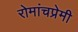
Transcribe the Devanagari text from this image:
रोमांचप्रेमी